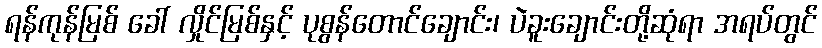
ရန်ကုန်မြစ် ခေါ် လှိုင်မြစ်နှင့် ပုစွန်တောင်ချောင်း၊ ပဲခူးချောင်းတို့ဆုံရာ အရပ်တွင်